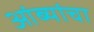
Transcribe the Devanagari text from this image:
आंब्यांचा